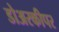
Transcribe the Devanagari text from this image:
डोअरकीपर